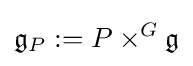
{\mathfrak {g}}_{P}:=P\times ^{G}{\mathfrak {g}}